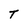
Character: T